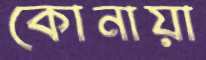
কোনায়া